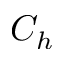
C _ { h }